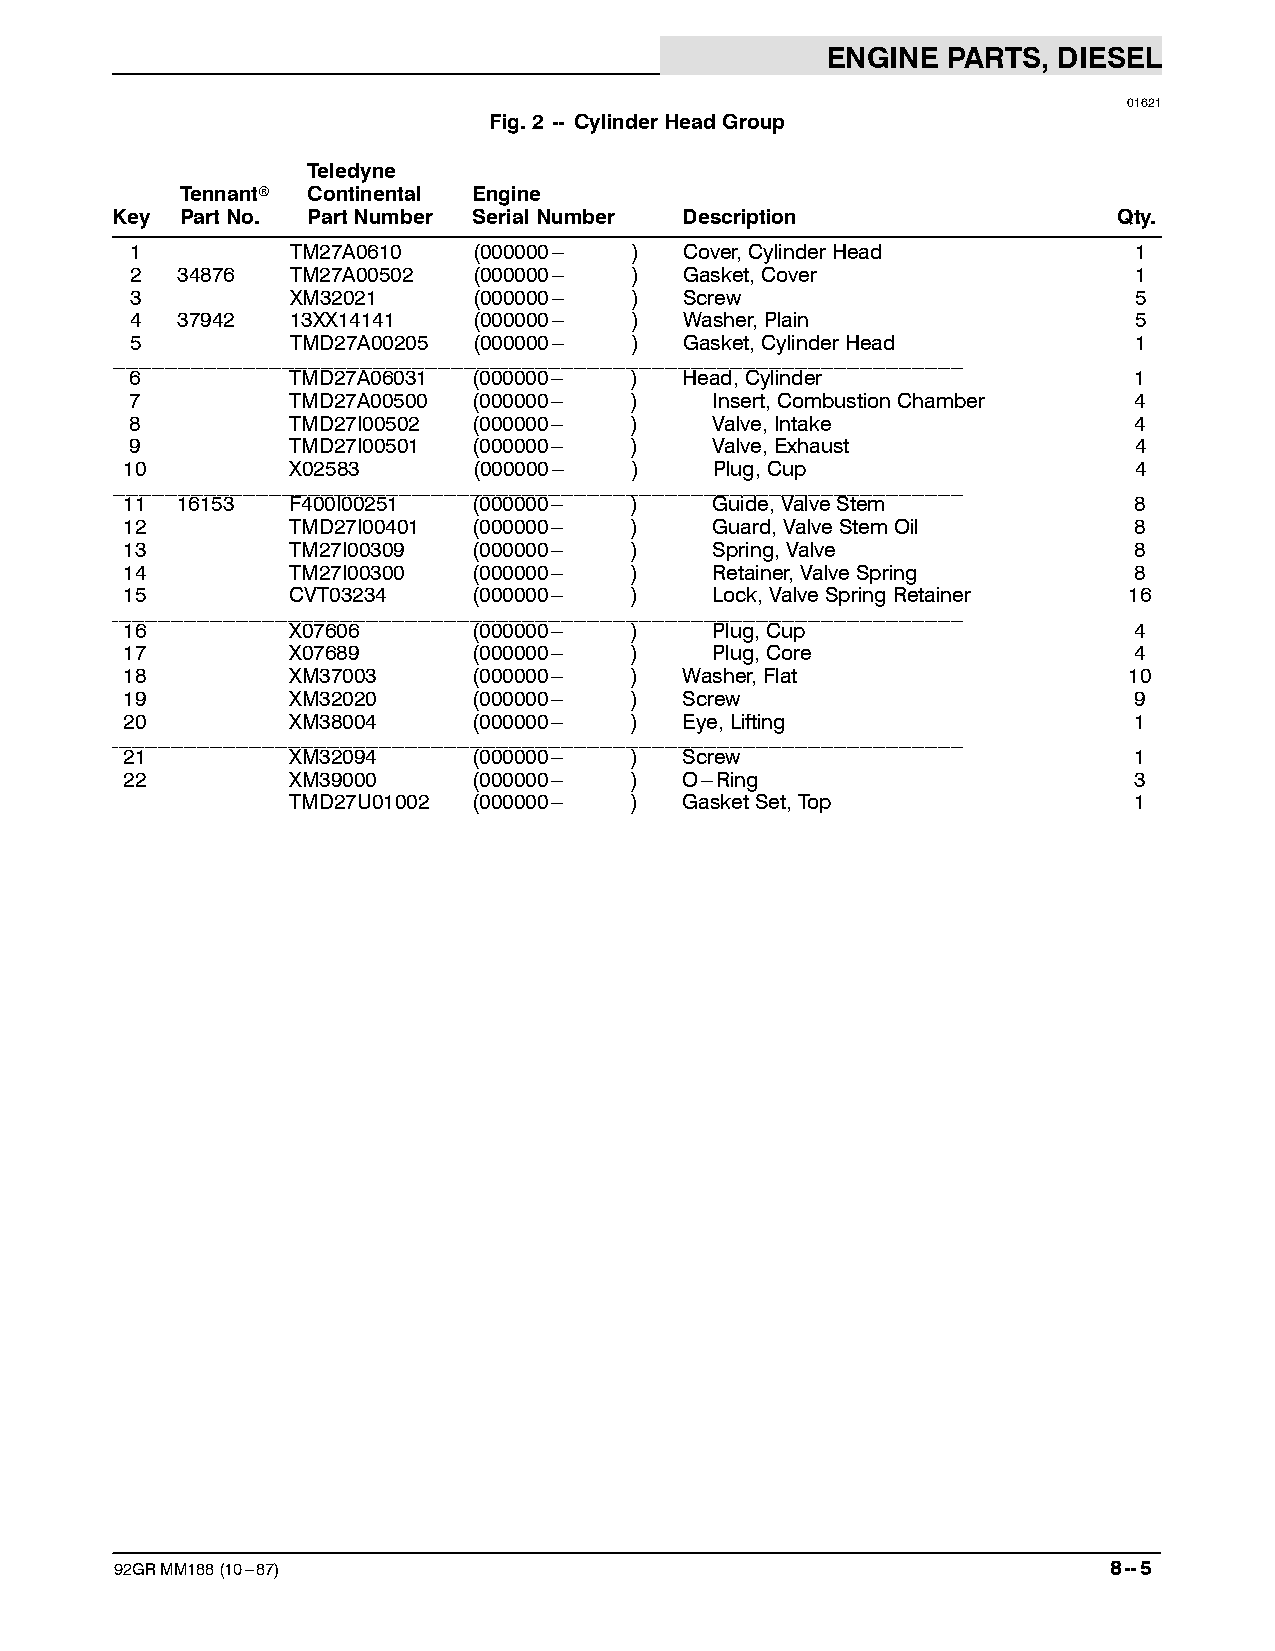
ENGINE  PARTS, DIESEL
 01621
 Fig.2 -- CylinderHeadGroup
 Teledyne
 Tennantr Continental Engine
 Key  PartNo. PartNumber SerialNumber  Description                  Qty.
 1         TM27A0610   (000000--- )  Cover,CylinderHead            1
 2  34876  TM27A00502  (000000--- )  Gasket,Cover                  1
 3         XM32021     (000000--- )  Screw                         5
 4  37942  13XX14141   (000000--- )  Washer,Plain                  5
 5         TMD27A00205 (000000--- )  Gasket,CylinderHead           1
 ___________________________________________________________________________________________________________________________________
 6         TMD27A06031 (000000--- )  Head,Cylinder                 1
 7         TMD27A00500 (000000--- )    Insert,CombustionChamber    4
 8         TMD27I00502 (000000--- )    Valve,Intake                4
 9         TMD27I00501 (000000--- )    Valve,Exhaust               4
 10         X02583      (000000--- )    Plug,Cup                    4
 ___________________________________________________________________________________________________________________________________
 11  16153  F400I00251  (000000--- )    Guide,ValveStem             8
 12         TMD27I00401 (000000--- )    Guard,ValveStemOil          8
 13         TM27I00309  (000000--- )    Spring,Valve                8
 14         TM27I00300  (000000--- )    Retainer,ValveSpring        8
 15         CVT03234    (000000--- )    Lock,ValveSpringRetainer    16
 ___________________________________________________________________________________________________________________________________
 16         X07606      (000000--- )    Plug,Cup                    4
 17         X07689      (000000--- )    Plug,Core                   4
 18         XM37003     (000000--- )  Washer,Flat                   10
 19         XM32020     (000000--- )  Screw                         9
 20         XM38004     (000000--- )  Eye,Lifting                   1
 ___________________________________________________________________________________________________________________________________
 21         XM32094     (000000--- )  Screw                         1
 22         XM39000     (000000--- )  O---Ring                      3
 TMD27U01002 (000000--- )  GasketSet,Top                 1
 92GRMM188(10---87)                                                8--5